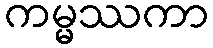
ကမ္မဿကာ